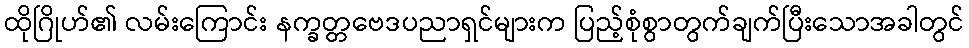
ထိုဂြိုဟ်၏ လမ်းကြောင်း နက္ခတ္တဗေဒပညာရှင်များက ပြည့်စုံစွာတွက်ချက်ပြီးသောအခါတွင်